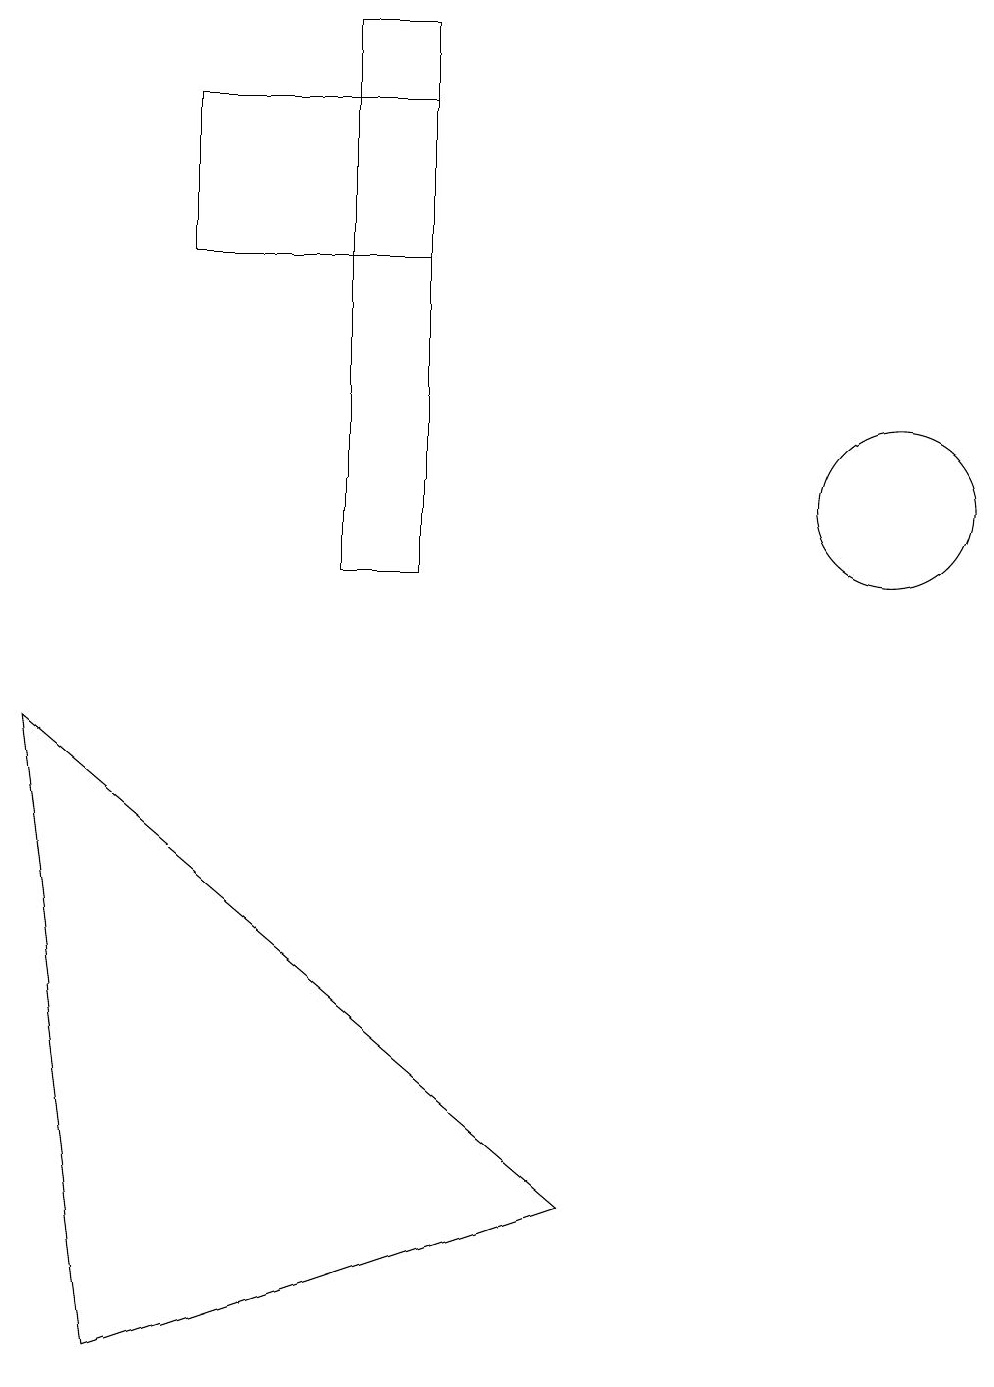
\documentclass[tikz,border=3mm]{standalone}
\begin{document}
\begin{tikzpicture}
\draw (5,10) rectangle (4,17);
\draw (1,0) -- (0,8) -- (7,2) -- cycle;
\draw (5,14) rectangle (2,16);
\draw (11,11) circle (1);
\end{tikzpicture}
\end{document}